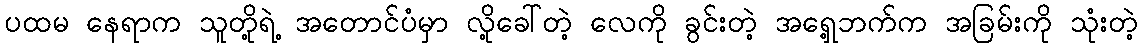
ပထမ နေရာက သူတို့ရဲ့ အတောင်ပံမှာ လို့ခေါ်တဲ့ လေကို ခွင်းတဲ့ အရှေ့ဘက်က အခြမ်းကို သုံးတဲ့